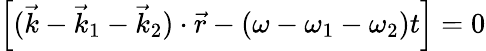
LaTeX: \left[(\vec{k}-\vec{k}_{1}-\vec{k}_{2})\cdot\vec{r}-(\omega-\omega_{1}-\omega_{2})t\right]=0